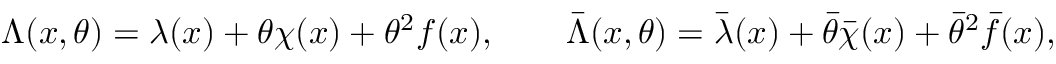
\Lambda ( x , \theta ) = \lambda ( x ) + \theta \chi ( x ) + \theta ^ { 2 } f ( x ) , \qquad \bar { \Lambda } ( x , \theta ) = \bar { \lambda } ( x ) + \bar { \theta } \bar { \chi } ( x ) + \bar { \theta } ^ { 2 } \bar { f } ( x ) ,